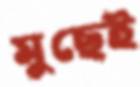
মুছেই